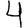
Digit: 4